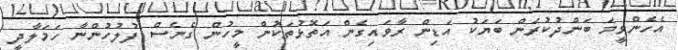
އެހެންވީމަ ބަންދުކުރަން ބަޔަކު އަޑިން ރާވައިގެން އަތޮޅުތަކުން މީހުން ގެނެސް ފުލުހުންނާ ހަމަލާދީ